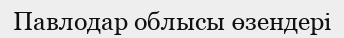
Павлодар облысы өзендері